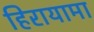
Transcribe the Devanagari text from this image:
हिरायामा